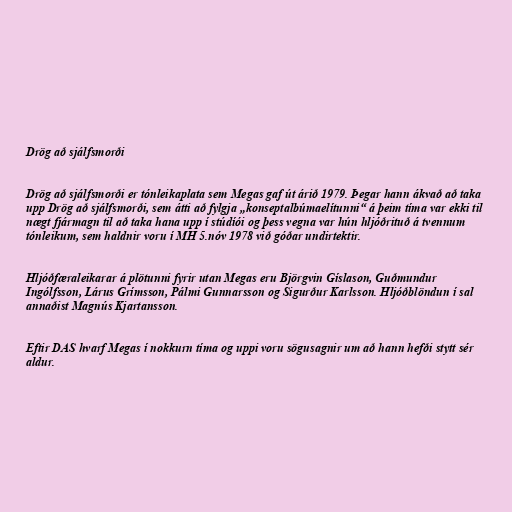
Drög að sjálfsmorði

Drög að sjálfsmorði er tónleikaplata sem Megas gaf út árið 1979. Þegar hann ákvað að taka
upp Drög að sjálfsmorði, sem átti að fylgja „konseptalbúmaelítunni“ á þeim tíma var ekki til
nægt fjármagn til að taka hana upp í stúdíói og þess vegna var hún hljóðrituð á tvennum
tónleikum, sem haldnir voru í MH 5.nóv 1978 við góðar undirtektir.

Hljóðfæraleikarar á plötunni fyrir utan Megas eru Björgvin Gíslason, Guðmundur
Ingólfsson, Lárus Grímsson, Pálmi Gunnarsson og Sigurður Karlsson. Hljóðblöndun í sal
annaðist Magnús Kjartansson.

Eftir DAS hvarf Megas í nokkurn tíma og uppi voru sögusagnir um að hann hefði stytt sér
aldur.